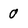
Character: 0